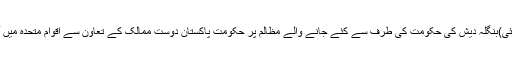
لاہور(جی پی آئی)بنگلہ دیش کی حکومت کی طرف سے کئے جانے والے مظالم پر حکومت پاکستان دوست ممالک کے تعاون سے اقوام متحدہ میں آواز بلند کرے۔